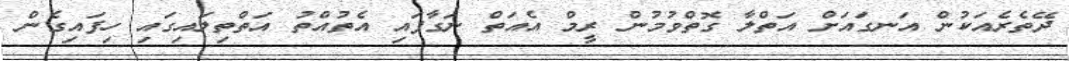
ދޭތެރެއަކުން އަނގައަށް އަތްލާ ގޮތްވުމުން ރީމް އެއަތް ނަގާފައި އެތުއްތު އަތްތިލައިގައި ހިފައިގެން